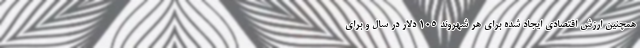
همچنین ارزش اقتصادی ایجاد شده برای هر شهروند ۱۰۵ دلار در سال و برای